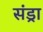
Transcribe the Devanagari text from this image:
संड्रा